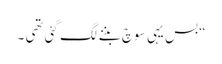
“ بس یہی سوچ بننے لگ گئی تھی ۔